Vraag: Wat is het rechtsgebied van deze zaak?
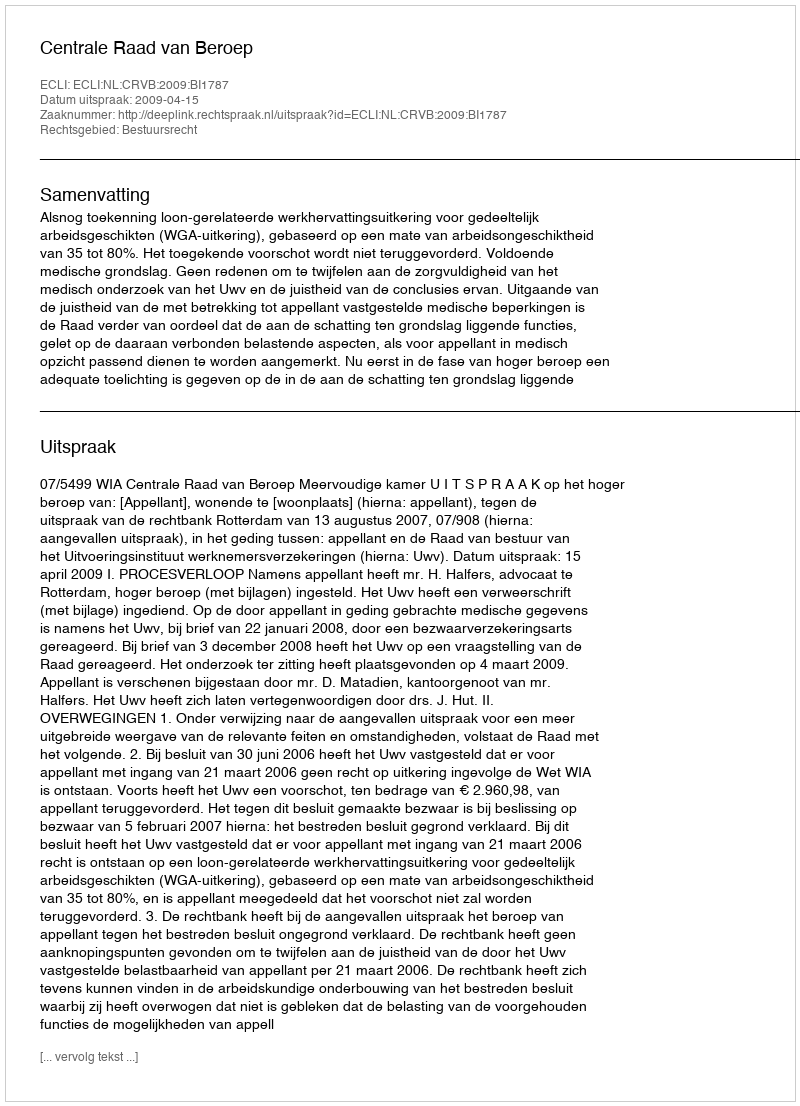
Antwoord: Bestuursrecht